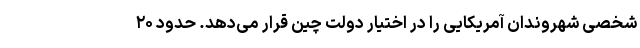
شخصی شهروندان آمریکایی را در اختیار دولت چین قرار می‌دهد. حدود ۲۰